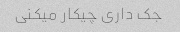
جک داری چیکار میکنی